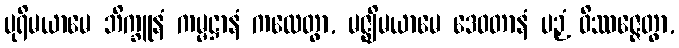
ပုရိမယာမေ ဘိက္ခူနံ ကမ္မဋ္ဌာနံ ကထေတွာ, မဇ္ဈိမယာမေ ဒေဝတာနံ ပဉှံ ဝိဿဇ္ဇေတွာ,